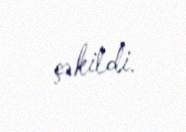
çəkildi.